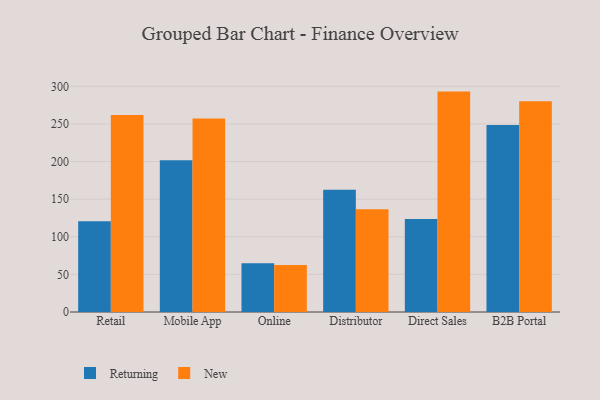
{"axis": {"x": "Channel", "y": "Conversion Rate (%)"}, "legend": ["New", "Returning"], "data": [{"x": "Retail", "y": 120.5, "type": "Returning"}, {"x": "Retail", "y": 262.0, "type": "New"}, {"x": "Mobile App", "y": 201.6, "type": "Returning"}, {"x": "Mobile App", "y": 257.1, "type": "New"}, {"x": "Online", "y": 64.8, "type": "Returning"}, {"x": "Online", "y": 62.6, "type": "New"}, {"x": "Distributor", "y": 162.6, "type": "Returning"}, {"x": "Distributor", "y": 136.6, "type": "New"}, {"x": "Direct Sales", "y": 123.6, "type": "Returning"}, {"x": "Direct Sales", "y": 293.0, "type": "New"}, {"x": "B2B Portal", "y": 248.5, "type": "Returning"}, {"x": "B2B Portal", "y": 280.1, "type": "New"}]}